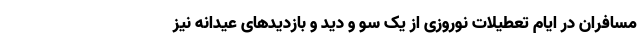
مسافران در ایام تعطیلات نوروزی از یک سو و دید و بازدیدهای عیدانه نیز